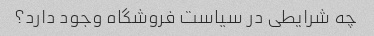
چه شرایطی در سیاست فروشگاه وجود دارد؟